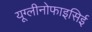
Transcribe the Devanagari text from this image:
यूग्लीनोफाइसिई